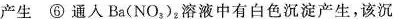
产生⑥通人Ba(NO_{3})_{2}，溶液中有白色沉淀产生，该沉